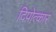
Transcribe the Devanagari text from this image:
दिपोत्कार